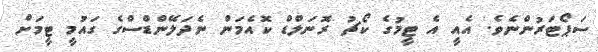
ސަޕޯޓަރުންނެވެ. އެއީ އެ ޓީމުގެ ކޯޗު ރޮނަލްޑް ކޮއެމަން ނެދަލޭންޑްސްގެ ގައުމީ ޓީމަށް